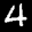
Label: 4